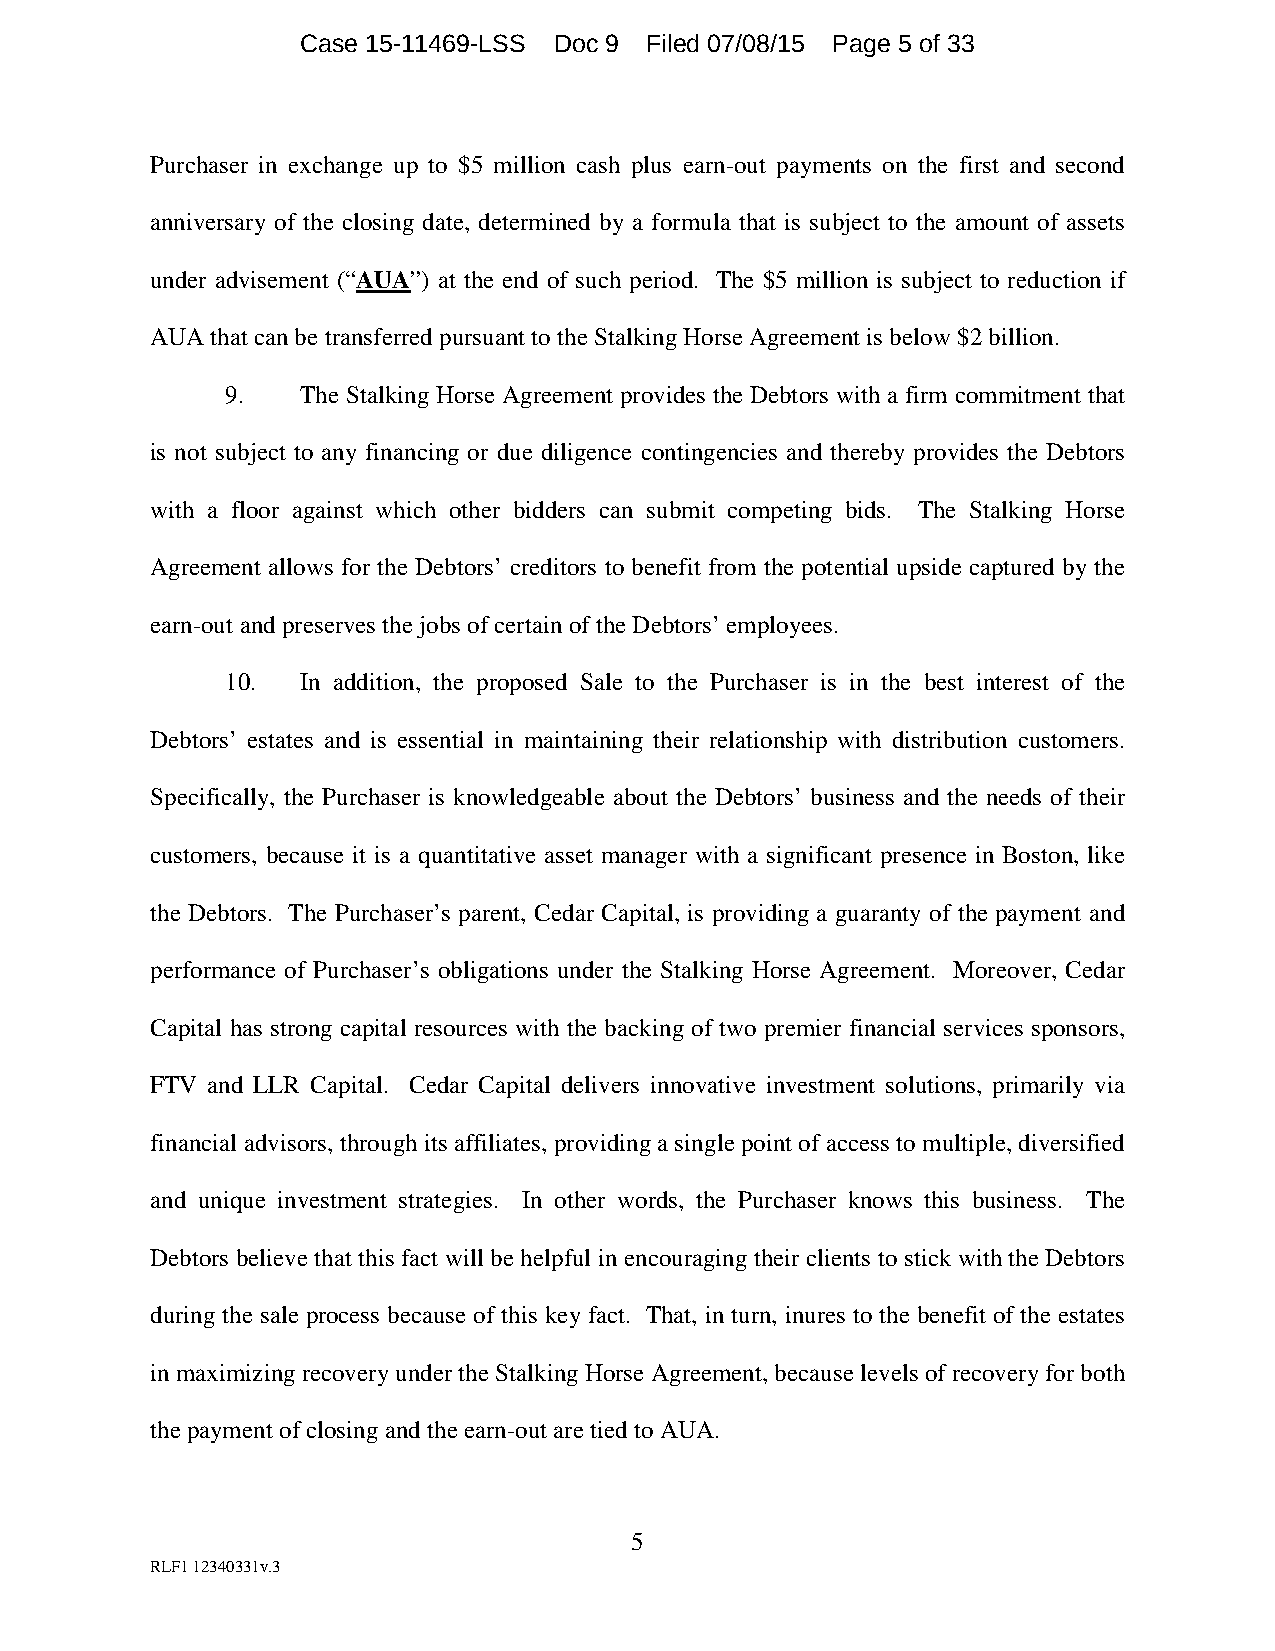
Case 15-11469-LSS Doc 9 Filed 07/08/15 Page 5 of 33
 Purchaser in exchange up to $5 million cash plus earn-out payments on the first and second
 anniversary of the closing date, determined by a formula that is subject to the amount of assets
 under advisement (“AUA”) at the end of such period. The $5 million is subject to reduction if
 AUA that can be transferred pursuant to the Stalking Horse Agreement is below $2 billion.
 9.   The Stalking Horse Agreement provides the Debtors with a firm commitment that
 is not subject to any financing or due diligence contingencies and thereby provides the Debtors
 with a floor against which other bidders can submit competing bids. The Stalking Horse
 Agreement allows for the Debtors’ creditors to benefit from the potential upside captured by the
 earn-out and preserves the jobs of certain of the Debtors’ employees.
 10.  In addition, the proposed Sale to the Purchaser is in the best interest of the
 Debtors’ estates and is essential in maintaining their relationship with distribution customers.
 Specifically, the Purchaser is knowledgeable about the Debtors’ business and the needs of their
 customers, because it is a quantitative asset manager with a significant presence in Boston, like
 the Debtors. The Purchaser’s parent, Cedar Capital, is providing a guaranty of the payment and
 performance of Purchaser’s obligations under the Stalking Horse Agreement. Moreover, Cedar
 Capital has strong capital resources with the backing of two premier financial services sponsors,
 FTV and LLR Capital. Cedar Capital delivers innovative investment solutions, primarily via
 financial advisors, through its affiliates, providing a single point of access to multiple, diversified
 and unique investment strategies. In other words, the Purchaser knows this business. The
 Debtors believe that this fact will be helpful in encouraging their clients to stick with the Debtors
 during the sale process because of this key fact. That, in turn, inures to the benefit of the estates
 in maximizing recovery under the Stalking Horse Agreement, because levels of recovery for both
 the payment of closing and the earn-out are tied to AUA.
 5
 RLF1 12340331v.3